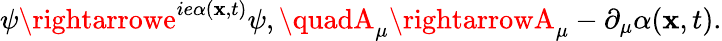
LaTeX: \psi\rightarrowe^{ie\alpha(\mathbf{x},t)}\psi,\quadA_{\mu}\rightarrowA_{\mu}-\partial_{\mu}\alpha(\mathbf{x},t).